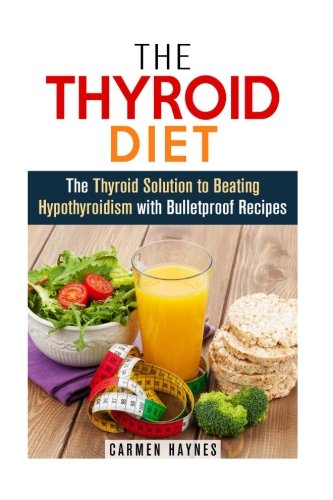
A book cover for The Thyroid Diet: The Thyroid Solution to Beating Hypothyroidism with Bulletproof Recipes (Metabolism Boost & Weight Loss); Carmen Haynes; Cookbooks, Food & Wine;